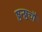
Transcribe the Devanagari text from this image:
ष्ठन्ष्ठचौ